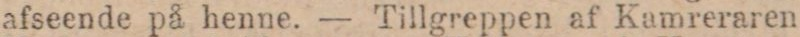
afseende på henne. — Tillgreppen af Kamreraren